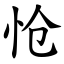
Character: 怆